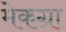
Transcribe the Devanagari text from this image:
मेकग्रा